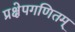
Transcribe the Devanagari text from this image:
प्रक्षेपगणितम्